Annual administration report of the Civil Veterinary Department of India - 1892-1893
Year: 1892
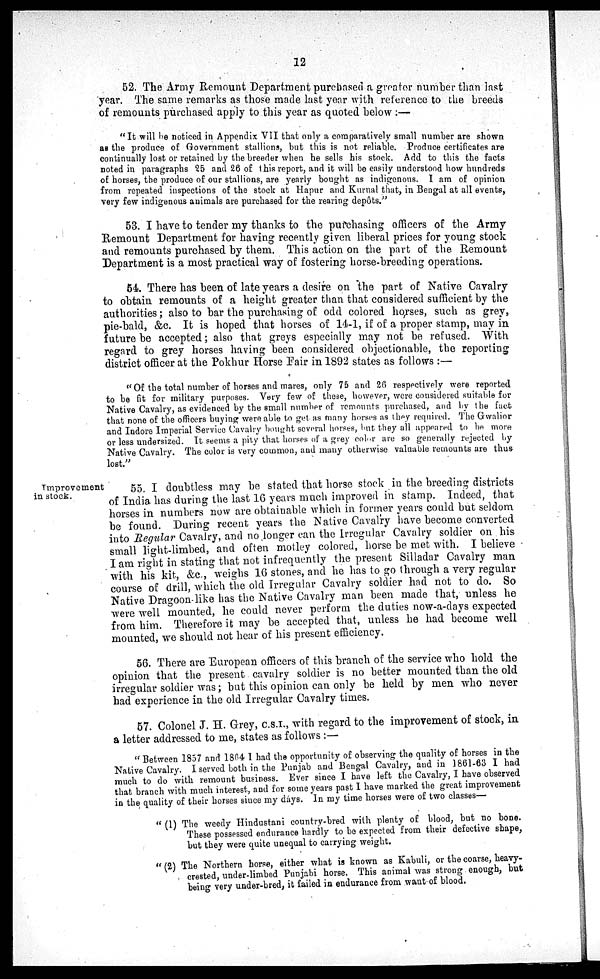
12
52. The Army Remount Department purchased a greater number than last
year. The same remarks as those made last year with reference to the breeds
of remounts purchased apply to this year as quoted below:—
"It will be noticed in Appendix VII that only a comparatively small number are shown
as the produce of Government stallions, but this is not reliable. Produce certificates are
continually lost or retained by the breeder when he sells his stock. Add to this the facts
noted in paragraphs 25 and 26 of this report, and it will be easily understood how hundreds
of horses, the produce of our stallions, are yearly bought as indigenous. I am of opinion
from repeated inspections of the stock at Hapur and Kurnal that, in Bengal at all events,
very few indigenous animals are purchased for the rearing depôts."
53. I have to tender my thanks to the purchasing officers of the Army
Remount Department for having recently given liberal prices for young stock
and remounts purchased by them. This action on the part of the Remount
Department is a most practical way of fostering horse-breeding operations.
54. There has been of late years a desire on the part of Native Cavalry
to obtain remounts of a height greater than that considered sufficient by the
authorities; also to bar the purchasing of odd colored horses, such as grey,
pie-bald, &c. It is hoped that horses of 14-1, if of a proper stamp, may in
future be accepted; also that greys especially may not be refused. With
regard to grey horses having been considered objectionable, the reporting
district officer at the Pokhur Horse Fair in 1892 states as follows:—
"Of the total number of horses and mares, only 75 and 26 respectively were reported
to be fit for military purposes. Very few of these, however, were considered suitable for
Native Cavalry, as evidenced by the small number of remounts purchased, and by the fact
that none of the officers buying were able to get as many horses as they required. The Gwalior
and Indore Imperial Service Cavalry bought several horses, but they all appeared to be more
or less undersized. It seems a pity that horses of a grey color are so generally rejected by
Native Cavalry. The color is very common, and many otherwise valuable remounts are thus
lost."
Improvement
in stock.
55. I doubtless may be stated that horse stock in the breeding districts
of India has during the last 16 years much improved in stamp. Indeed, that
horses in numbers now are obtainable which in former years could but seldom
be found. During recent years the Native Cavalry have become converted
into Regular Cavalry, and no longer can the Irregular Cavalry soldier on his
small light-limbed, and often motley colored, horse be met with. I believe
I am right in stating that not infrequently the present Silladar Cavalry man
with his kit, &c., weighs 16 stones, and he has to go through a very regular
course of drill, which the old Irregular Cavalry soldier had not to do. So
Native Dragoon like has the Native Cavalry man been made that, unless he
were well mounted, he could never perform the duties now-a-days expected
from him. Therefore it may be accepted that, unless he had become well
mounted, we should not hear of his present efficiency.
56. There are European officers of this branch of the service who hold the
opinion that the present cavalry soldier is no better mounted than the old
irregular soldier was; but this opinion can only be held by men who never
had experience in the old Irregular Cavalry times.
57. Colonel J. H. Grey, C.S.I., with regard to the improvement of stock, in
a letter addressed to me, states as follows:—
"Between 1857 and 1864 I had the opportunity of observing the quality of horses in the
Native Cavalry. I served both in the Punjab and Bengal Cavalry, and in 1861-63 I had
much to do with remount business. Ever since I have left the Cavalry, I have observed
that branch with much interest, and for some years past I have marked the great improvement
in the quality of their horses since my days. In my time horses were of two classes—
"(1) The weedy Hindustani country-bred with plenty of blood, but no bone.
These possessed endurance hardly to be expected from their defective shape,
but they were quite unequal to carrying weight.
"(2) The Northern horse, either what is known as Kabuli, or the coarse, heavy-
crested, under-limbed Punjabi horse. This animal was strong enough, but
being very under-bred, it failed in endurance from want of blood.